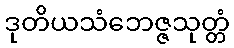
ဒုတိယသံဘေဇ္ဇသုတ္တံ